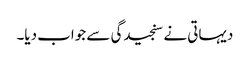
دیہاتی نے سنجیدگی سے جواب دیا۔